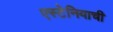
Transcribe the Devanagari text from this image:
एस्टेनियाची